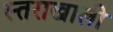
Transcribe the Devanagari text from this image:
स्तराखाली